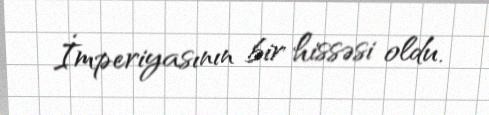
İmperiyasının bir hissəsi oldu.